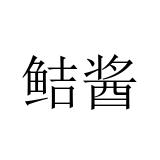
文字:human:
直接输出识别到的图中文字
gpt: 鲒酱